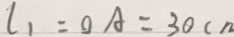
l _ { 1 } = 0 A = 3 0 c m